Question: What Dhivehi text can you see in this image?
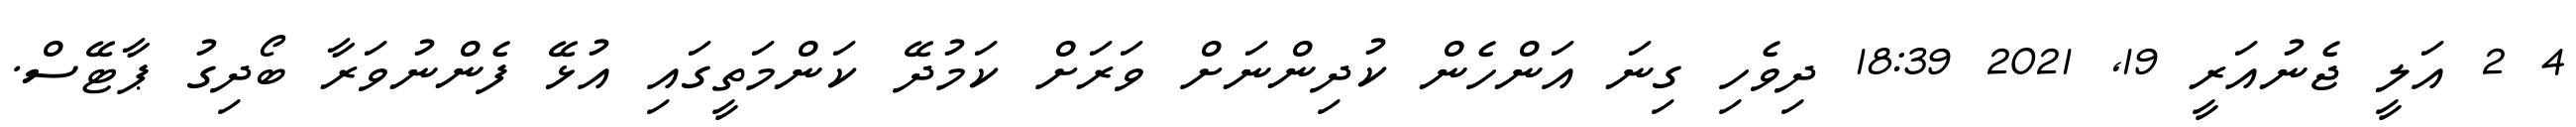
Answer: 4 2 އަލީ ޖެނުއަރީ 19, 2021 18:39 ދިވެހި ގިނަ އަންހެން ކުދިންނަށް ވަރަށް ކަމުދޭ ކަންމަތީގައި އުޅޭ ފެންނުވަރާ ބޯދިގު ޕާޓޭސް.